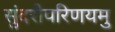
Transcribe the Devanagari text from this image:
सुंदरीपरिणयमु